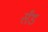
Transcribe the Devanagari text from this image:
सॅंड